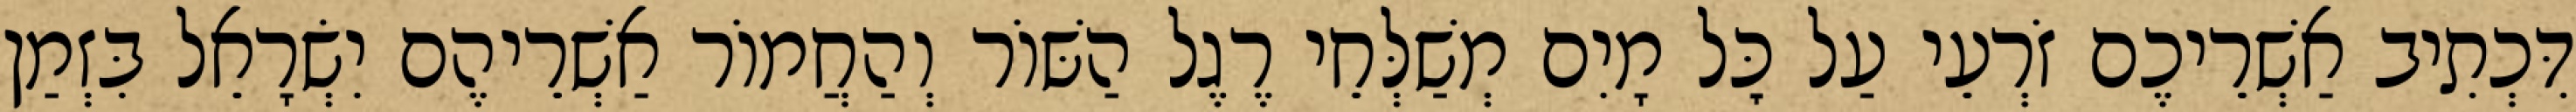
דִּכְתִיב אַשְׁרֵיכֶם זֹרְעֵי עַל כׇּל מָיִם מְשַׁלְּחֵי רֶגֶל הַשּׁוֹר וְהַחֲמוֹר אַשְׁרֵיהֶם יִשְׂרָאֵל בִּזְמַן